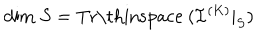
\mathrm { d i m } \ S = \mathrm { T r \thinspace ~ } ( { \mathcal I } ^ { ( K ) } | _ { S } )